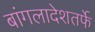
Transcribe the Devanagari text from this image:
बांगलादेशतर्फे